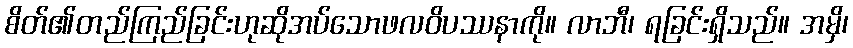
စိတ်၏တည်ကြည်ခြင်းဟုဆိုအပ်သောဖလဝိပဿနာကို။ လာဘီ၊ ရခြင်းရှိသည်။ အမှိ၊